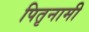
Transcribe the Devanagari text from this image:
पितृनामी